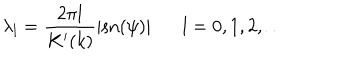
\lambda _ { l } = \frac { 2 \pi l } { K ^ { \prime } ( k ) } | \mathrm { s n } ( \psi ) | l = 0 , 1 , 2 , \ldots